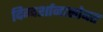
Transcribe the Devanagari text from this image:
दिग्दर्शानासोबत